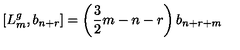
\left[ L _ { m } ^ { g } , b _ { n + r } \right] = \left( \frac { 3 } { 2 } m - n - r \right) b _ { n + r + m }